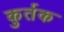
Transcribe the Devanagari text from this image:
कुर्तक